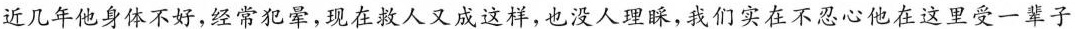
近几年他身体不好，经常犯弟，现在救人又成这样，也没人理睬，我们实在不忍心他在这里受一辈子